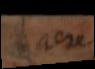
aere